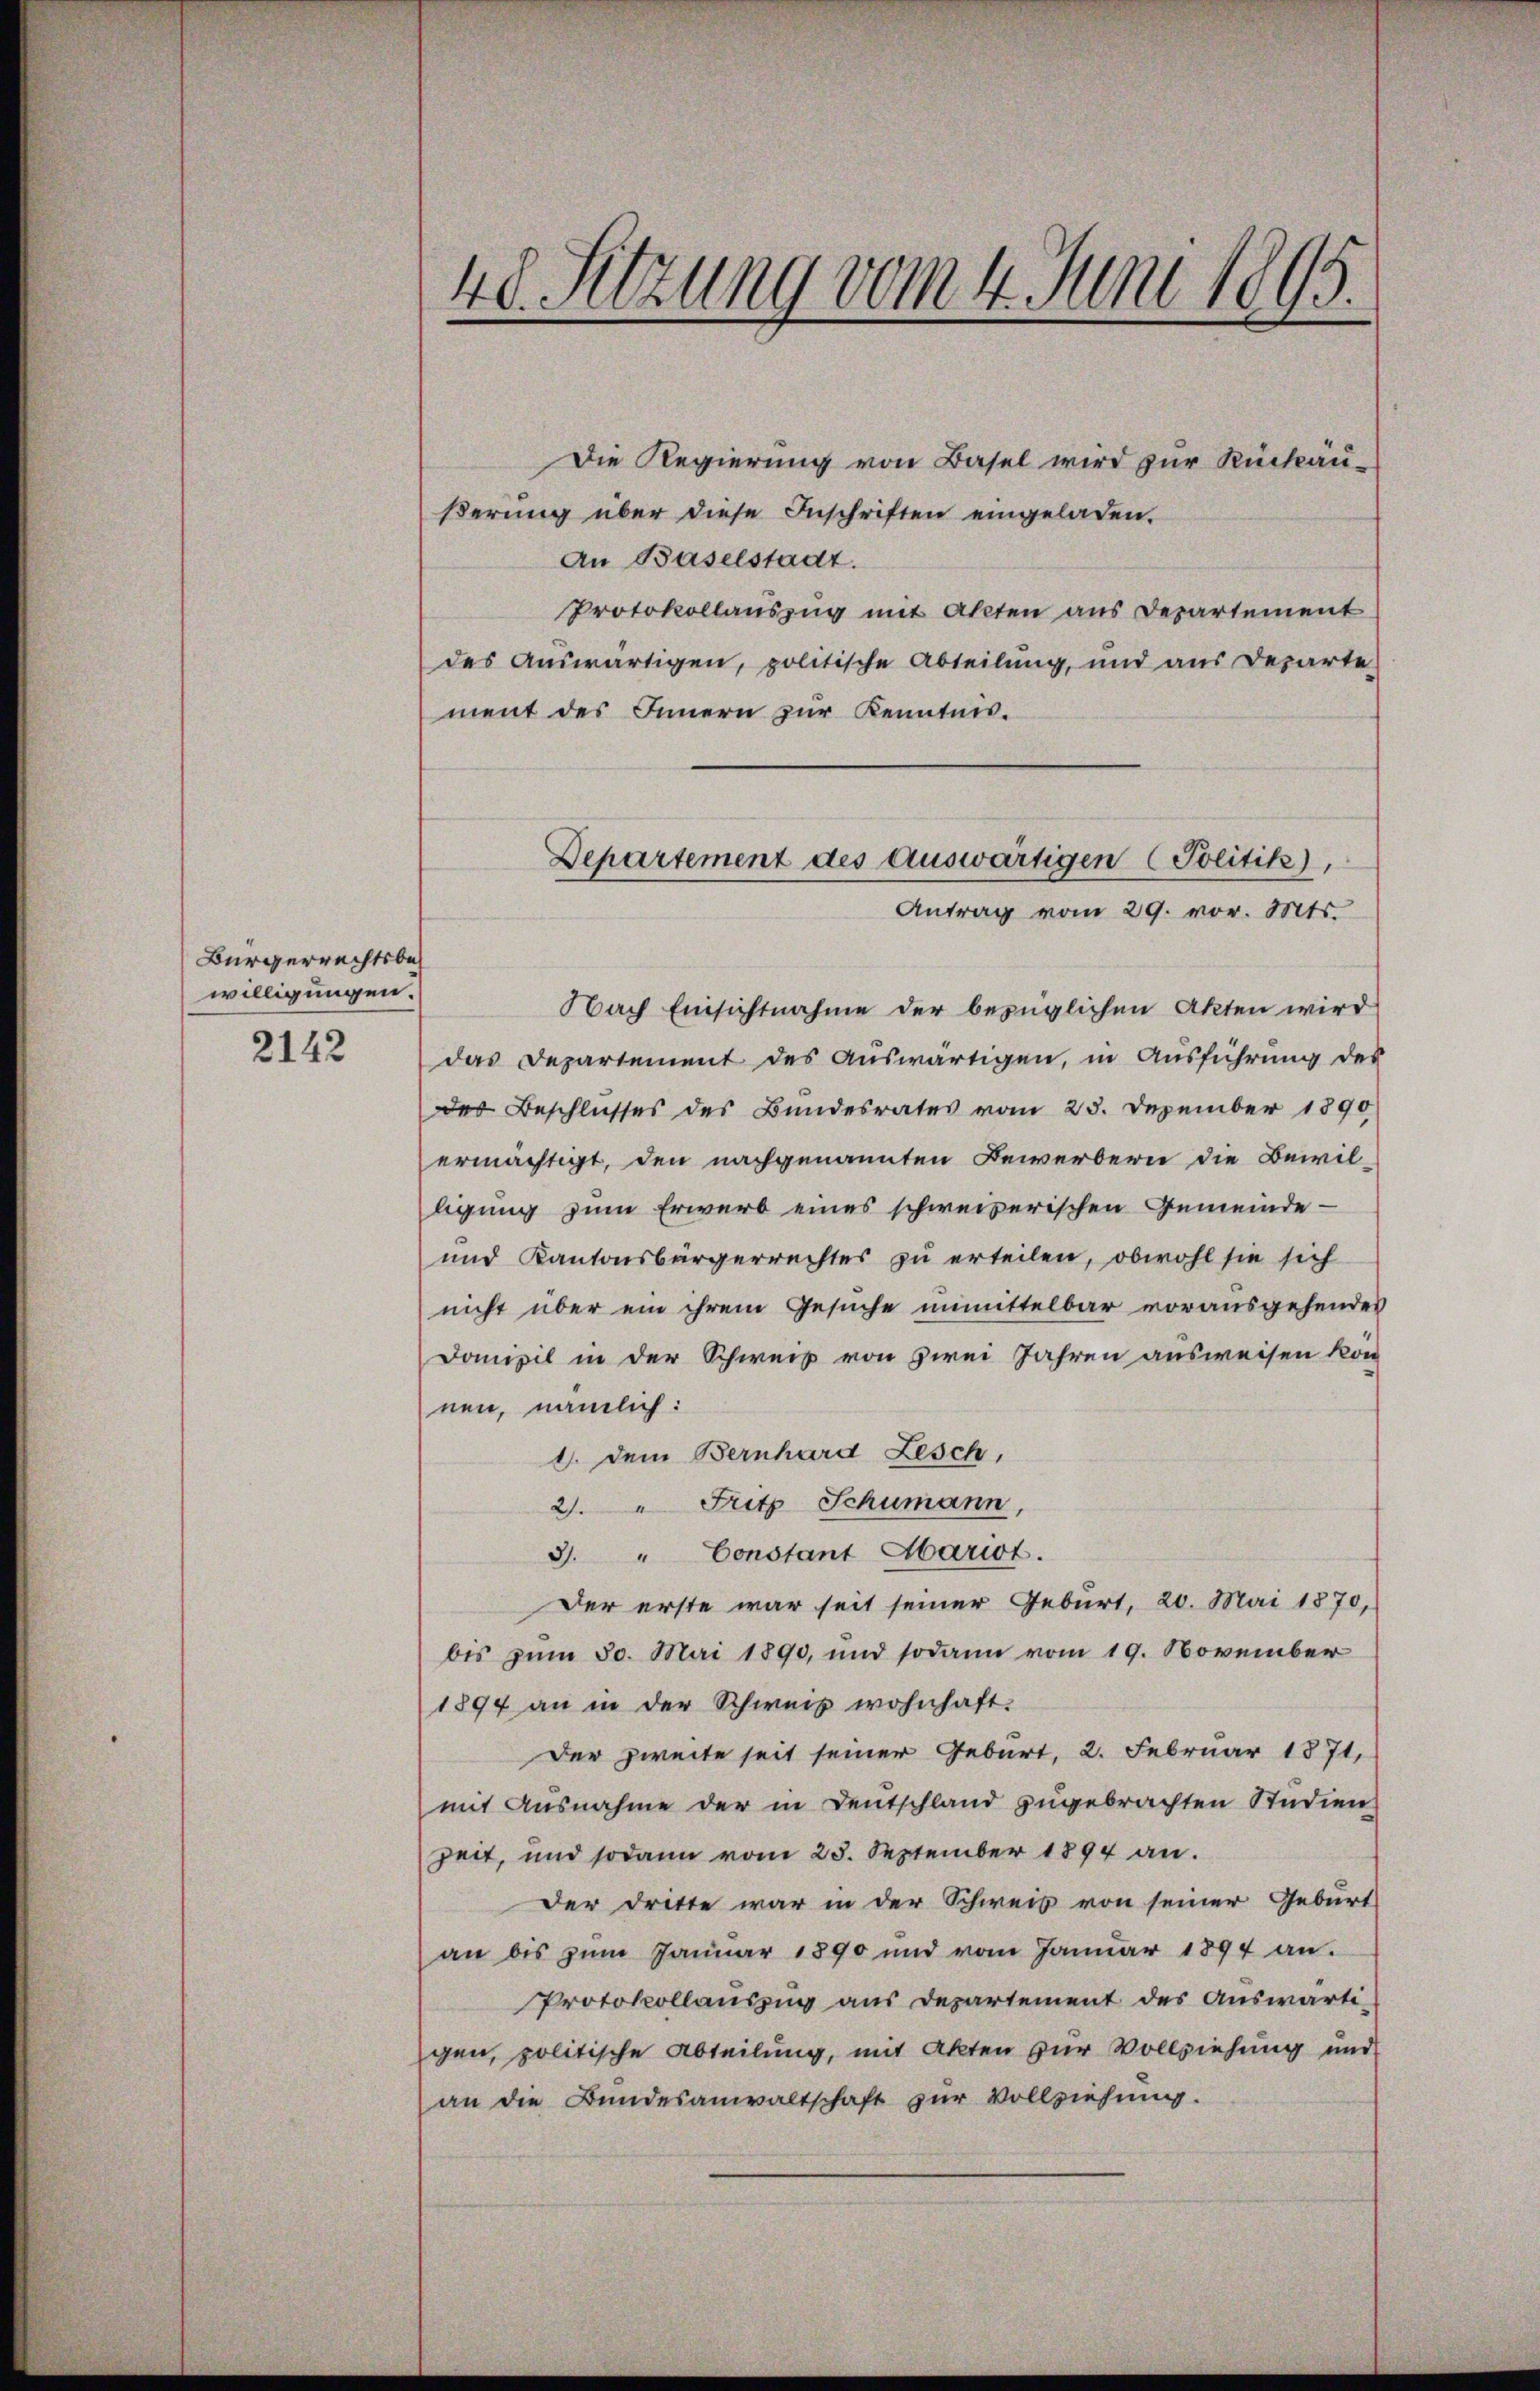
Bürgerrechtsbes
willigungen.

2142

48. Sitzung vom 4. Juni 1895.

Die Regierung von Basel wird zur Rückäußerung über diese Inschriften eingeladen.
An Baselstadt.
Protokollauszug mit Akten aus Departement
des auswärtigen, politische Abteilung, und aus Departe
ment des Innern zur Kenntnis.
Nach Einsichtnahme der bezüglichen Akten wird
das Departement des auswärtigen, in Ausführung des
des Beschlusses des Bundesrates vom 23. Dezember 1890
ermächtigt, den nachgenannten Bewerbern die Bewil-
ligung zum Erwerb eines schweizerischen Gemeinde-
und Kantonsbürgerrechtes zu erteilen, obwohl sie sich
nicht über ein ihrem Gesuche unmittelbar vorausgehendes
Domizil in der Schweis von zwei Jahren ausweisen kon
nen, nämlich:
1. dem Bernhard Zesch,
2. " Fritz Schumann,
3. " Constant Mariat.
Der erste war seit seiner Geburt, 20. Mai 1870,
bis zum 30. Mai 1890, und sodann vom 19. November
1894 an in der Schweis wohnhaft.
Der zweite seit seiner Geburt, 2. Februar 1871,
mit Ausnahme der in Deutschland zugebrachten Studien
zeit, und sodann vom 25. September 1894 an.
Der Dritte war in der Schweis von seiner Geburt
an bis zum Januar 1890 und vom Januar 1894 an.
Protokollauszug aus Departement des Auswärti-
gen, politische Abteilung, mit Akten zur Vollziehung und
an die Bundesanwaltschaft zur Vollziehung.

Departement des auswärtigen Politik).
Antrag vom 29. vor. Mts.